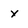
Character: x